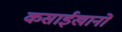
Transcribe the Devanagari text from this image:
कसाईखानों